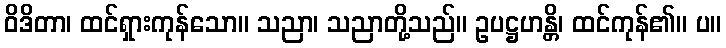
ဝိဒိတာ၊ ထင်ရှားကုန်သော။ သညာ၊ သညာတို့သည်။ ဥပဋ္ဌဟန္တိ၊ ထင်ကုန်၏။ ပ။